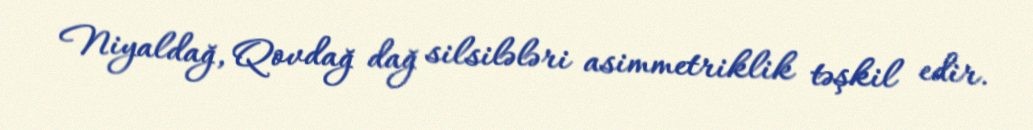
Niyaldağ, Qovdağ dağ silsilələri asimmetriklik təşkil edir.